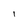
Character: I